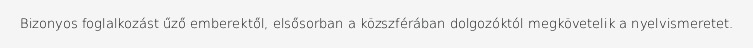
Bizonyos foglalkozást űző emberektől, elsősorban a közszférában dolgozóktól megkövetelik a nyelvismeretet.